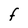
Character: F